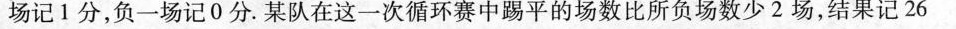
场记1分，负一场记0分。某队在这一次循环赛中踢平的场数比所负场数少2场，结果记26